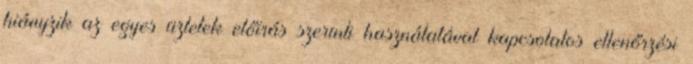
hiányzik az egyes üzletek előírás szerinti használatával kapcsolatos ellenőrzési